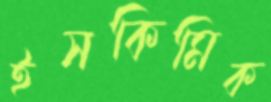
ইসকিমিক